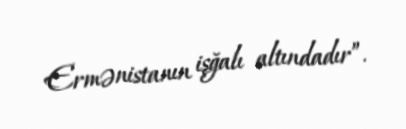
Ermənistanın işğalı altındadır”.